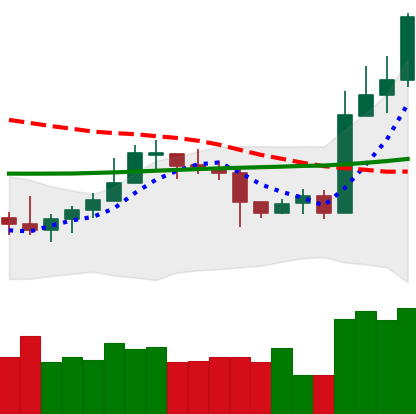
Ticker: LTC-USD
Chart end date: 2020-10-24
Forward return: -7.327%
Label: down_7plus